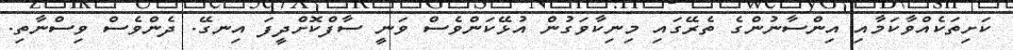
ކަށިތަކެއްވާކަމާއި އިންސާނުންގެ ތެރޭގައި މިނިކާވަގުން އުޅޭކަންވެސް ވަނީ ސާފްކޮށްދީފަ އިނގޭ. ދެންވެސް ވިސްނާތި.